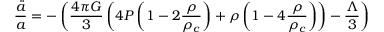
\frac { \ddot { a } } { a } = - \left( \frac { 4 \pi G } { 3 } \left( 4 P \left( 1 - 2 \frac { \rho } { \rho _ { c } } \right) + \rho \left( 1 - 4 \frac { \rho } { \rho _ { c } } \right) \right) - \frac { \Lambda } { 3 } \right)